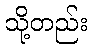
သို့တည်း